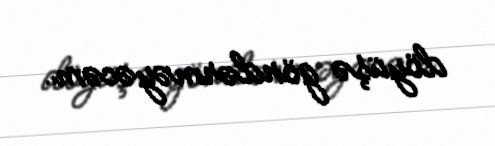
döyüşə göndərməyəcəm.